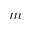
m